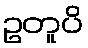
ဥတူပိ